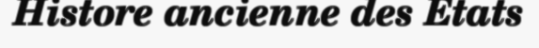
Histore ancienne des Etats